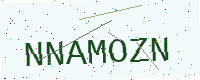
Text: NNAMOZN